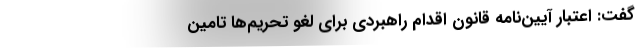
گفت: اعتبار آیین‌نامه قانون اقدام راهبردی برای لغو تحریم‌ها تامین